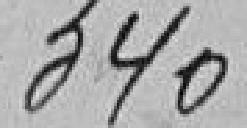
340